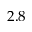
2 . 8